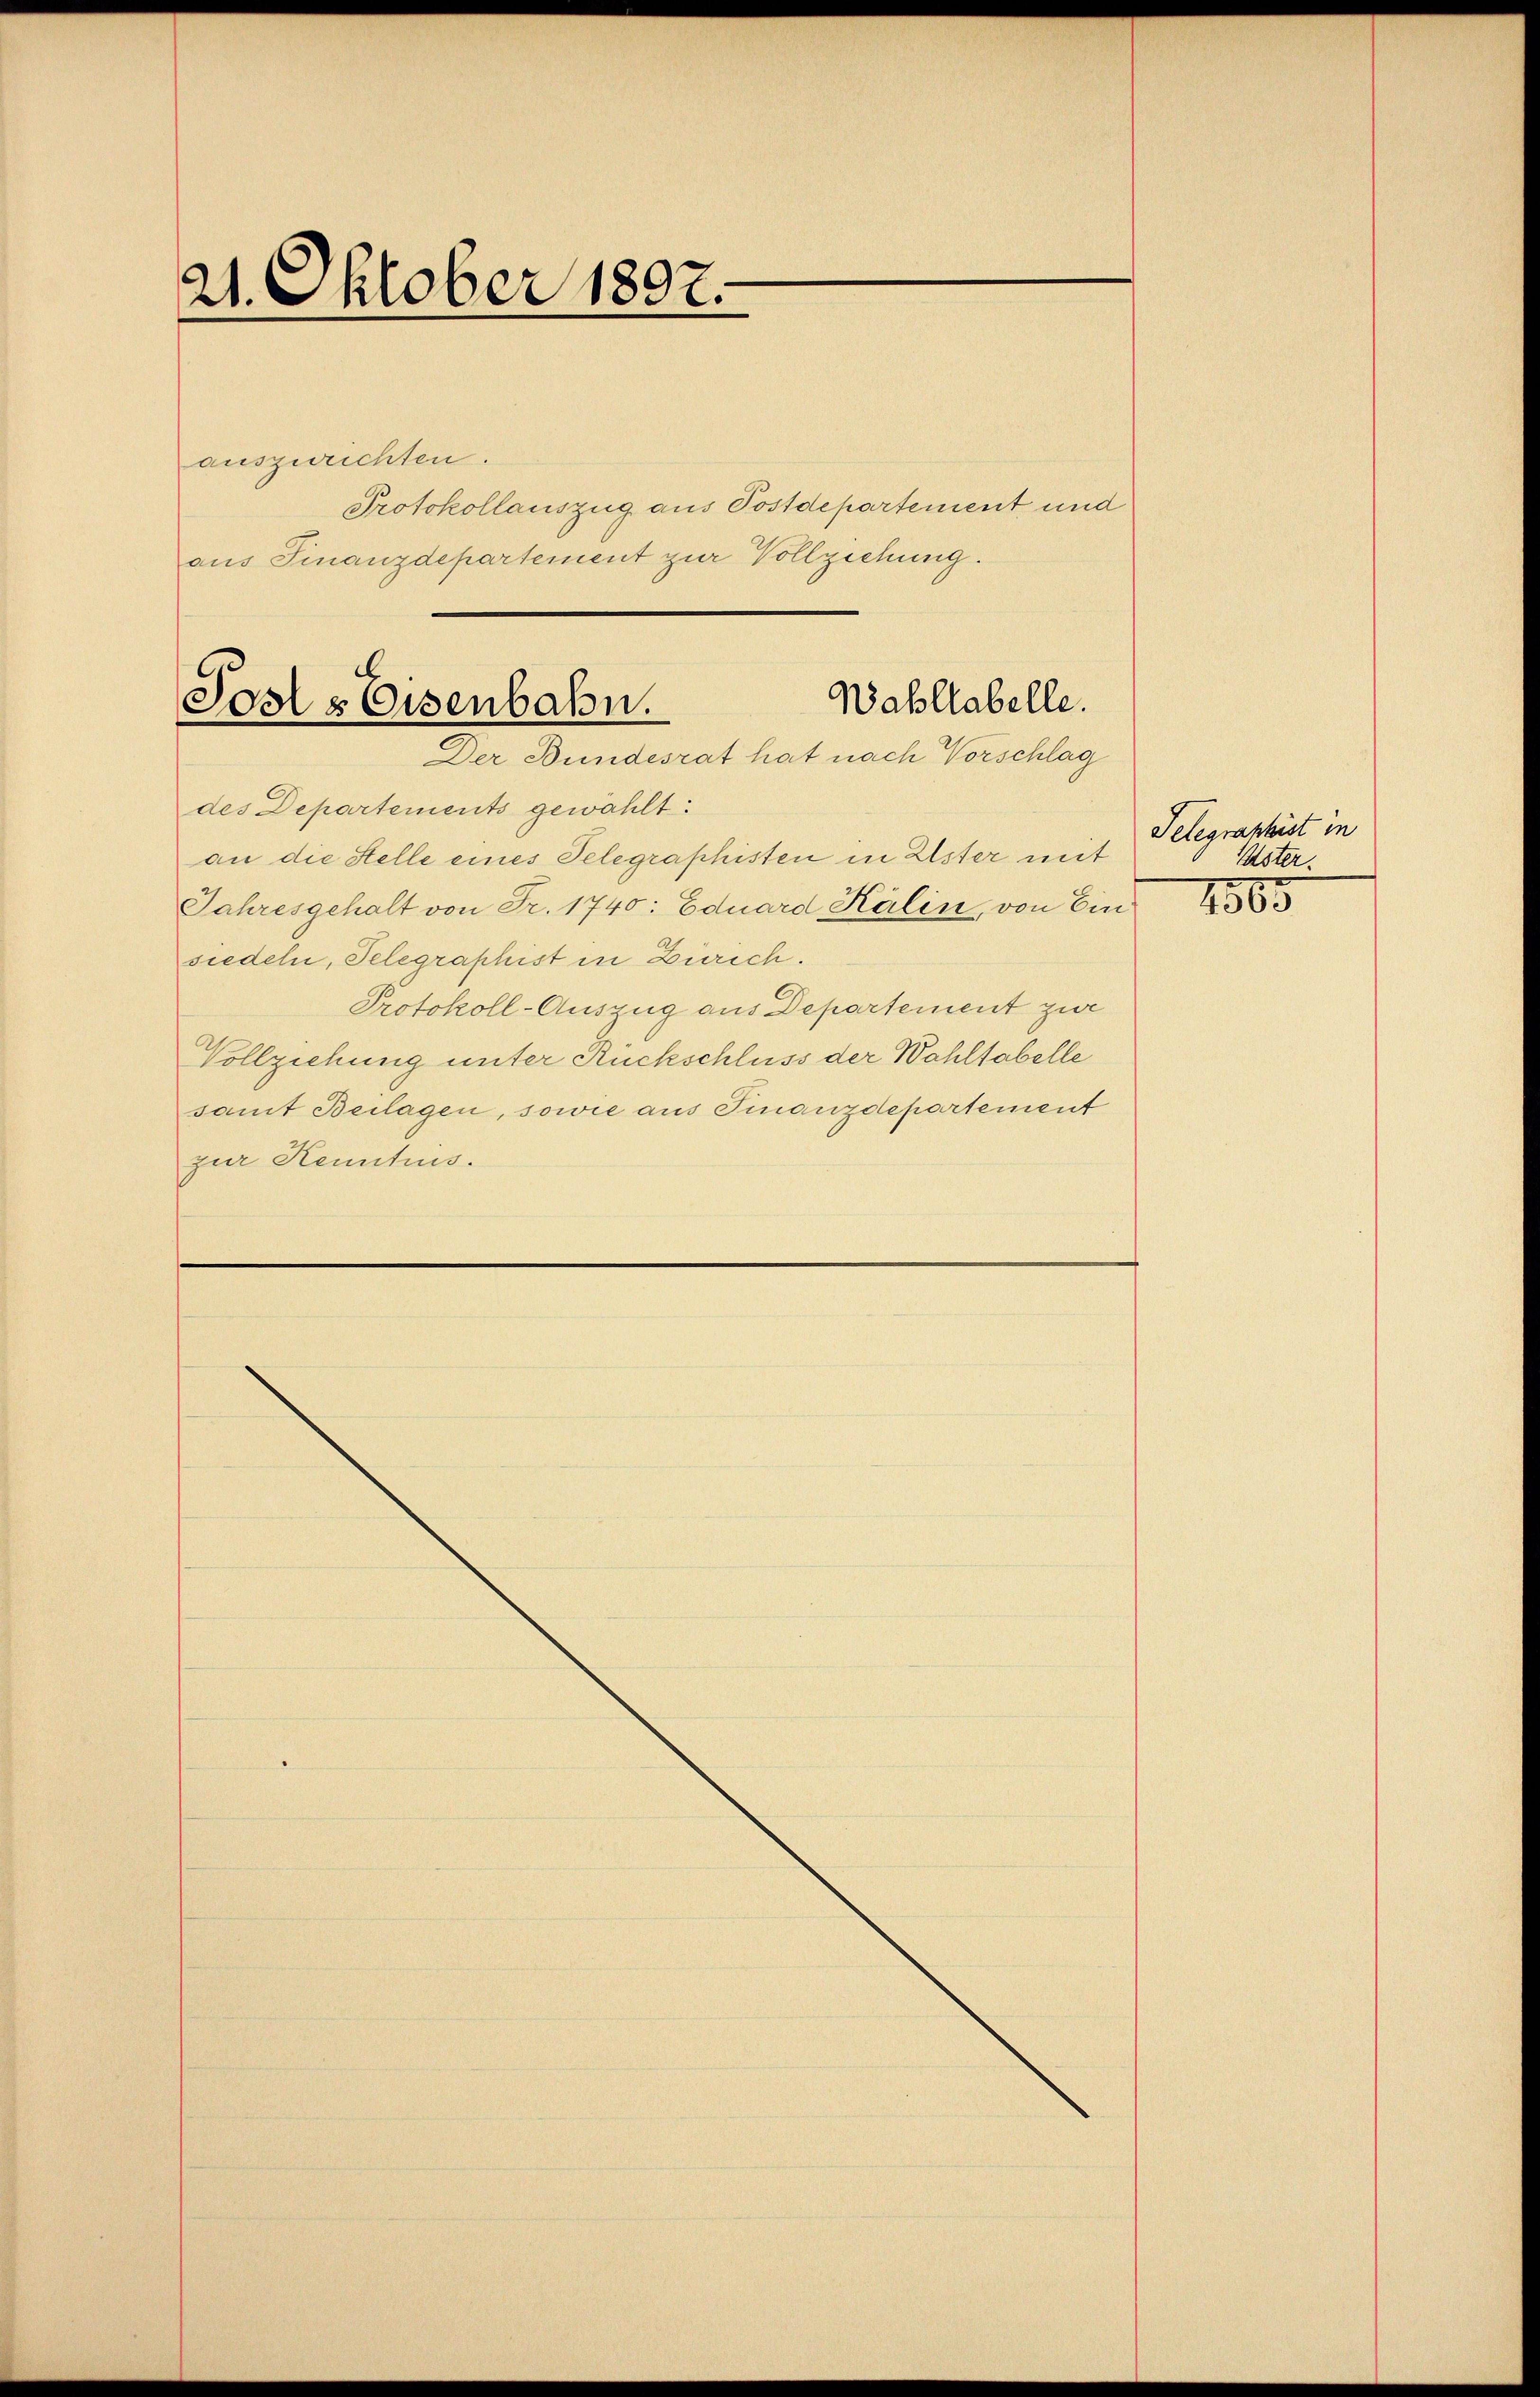
21. Oktober 1807.

auszurichten.
Protokollauszug aus Postdepartement und
aus Finanzdepartement zur Vollziehung.

Wahllabelle.
Sosls Eisenbahn.
Der Bundesrat hat nach Vorschlag

des Departements gewählt.
an die Stelle eines Telegraphisten in Ester mit
Jahresgehalt von Fr. 1740: Eduard Kälin, von Ein
siedeln, Telegraphist in Zürich.
Protokoll-Auszug aus Departement zwe
Vollziehung unter Rückschluss der Wahltabelle
samt Beilagen, sowie aus Finanzdepartement
zur Kenntnus.

Telegraphist in
Uster.

1565